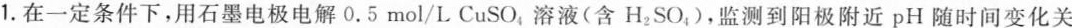
1.在一定条件下，用石墨电极电解0.5mol/L CuSO_{4}溶液(含H_{2}SO_{4})，监测到阳极附近pH随时间变化关